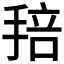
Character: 𢮏